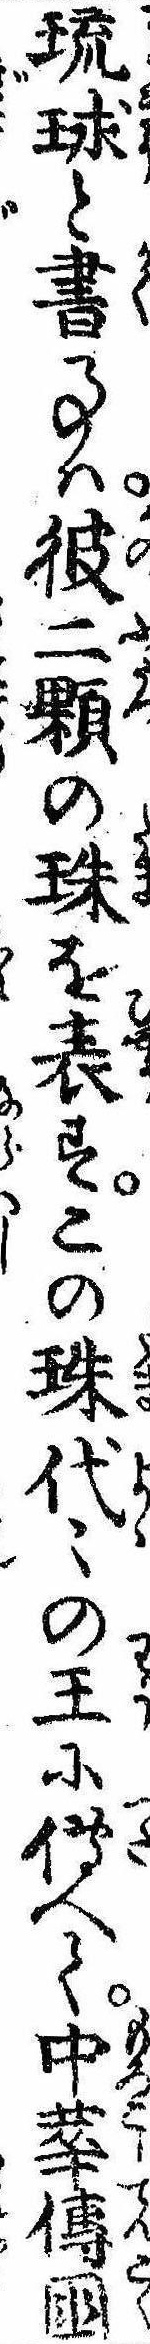
琉球と書事は彼二顆の珠を表すこの珠代〻の王に伝へて中華伝国